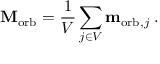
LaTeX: \mathbf { M } _ { \mathrm { { o r b } } } = { \frac { 1 } { V } } \sum _ { j \in V } \mathbf { m } _ { \mathrm { { o r b } } , j } \; .